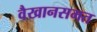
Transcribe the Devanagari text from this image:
वैखानसमत